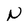
Character: N